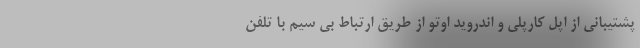
پشتیبانی از اپل کارپلی و اندروید اوتو از طریق ارتباط بی سیم با تلفن